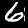
Digit: 6